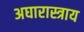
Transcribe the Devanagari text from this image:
अघारास्त्राय